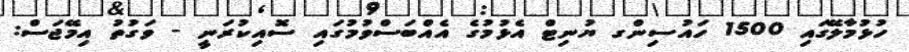
ހުޅުމާލޭގައި 1500 ހައުސިންގ ޔުނިޓް އެޅުމުގެ އެއްބަސްވުމުގައި ސޮއިކުރަނީ - ވަގުތު އިމޭޖަސް: